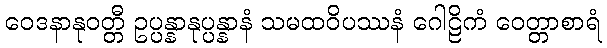
ဝေဒနာနုဝတ္တီ ဥပ္ပန္နာနုပ္ပန္နာနံ သမထဝိပဿနံ ဂေါဠိကံ ဝေတ္တာစာရံ